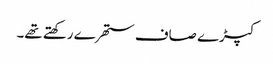
کپڑے صاف ستھرے رکھتے تھے۔